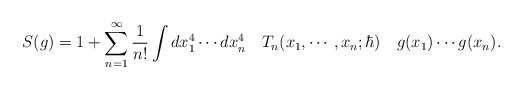
\begin{align*} S(g) = 1 + \sum_{n=1}^\infty \frac{1}{n !} \int dx_1^4 \cdots dx_n^4 \quad T_n(x_1, \cdots, x_n; \hbar) \quad g(x_1) \cdots g(x_n).\end{align*}